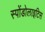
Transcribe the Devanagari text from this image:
स्पोंडोलाइटिस